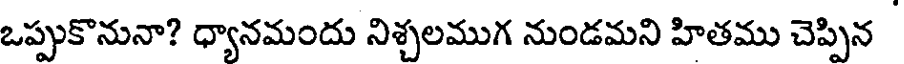
ఒప్పుకొనునా? ధ్యానమందు నిశ్చలముగ నుండమని హితము చెప్పిన